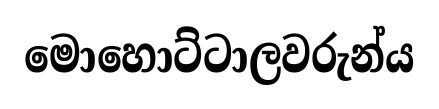
මොහොට්ටාලවරුන්ය